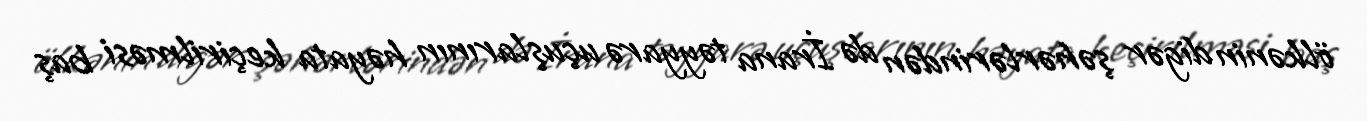
ölkənin digər şəhərlərindən də İrana təyyarə uçuşlarının həyata keçirilməsi baş